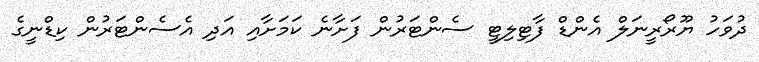
ދުވަހު ޔޫރޯރީނަލް އެންޑް ފާޓިލިޓީ ސެންޓަރުން ފަށާނެ ކަމަށާއި އަދި އެސެންޓަރުން ކިޑްނީގެ